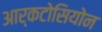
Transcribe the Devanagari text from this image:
आर्कटोसियोन